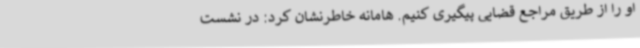
او را از طریق مراجع قضایی پیگیری کنیم. هامانه خاطرنشان کرد: در نشست